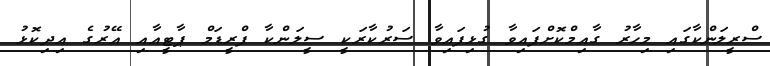
ސްރީލަންކާގައި މިހާރު ގާއިމްކޮށްފައިވާ ގުޅިފައިވާ ސަރުކާރަކީ ސީލަންކާ ފްރީޑަމް ޕާޓީއާއި އޭރުގެ އިދިކޮޅު